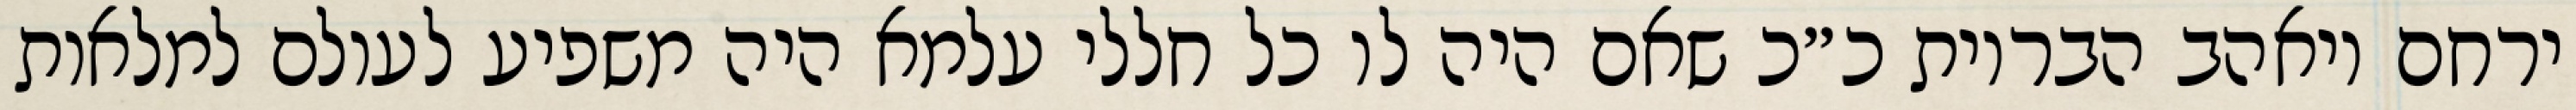
ירחם ויאהב הבריות כ״כ שאם היה לו כל חללי עלמא היה משפיע לעולם למלאות